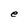
Character: e